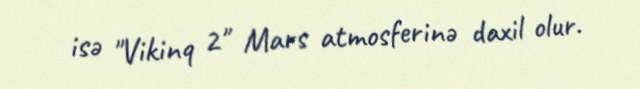
isə "Vikinq 2" Mars atmosferinə daxil olur.